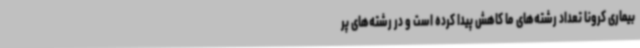
بیماری کرونا تعداد رشته‌های ما کاهش پیدا کرده است و در رشته‌های پر